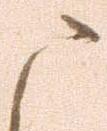
ま